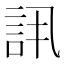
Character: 𬢠